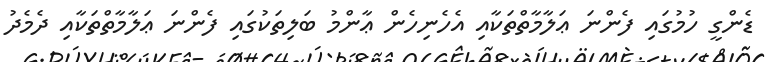
ޑެންގީ ހުމުގައި ފެންނަ ޢަލާމާތްތަކާއި އެހެނިހެން ޢާންމު ބަލިތަކުގައި ފެންނަ ޢަލާމާތްތަކާއި ދެމެދު